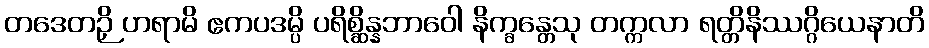
တဒေတဉှိ ဟရာမိ ဧကပဒမ္ပိ ပရိစ္ဆိန္နဘာဝေါ နိက္ခန္တေသု တက္ကလာ ရတ္တိနိဿဂ္ဂိယေနာတိ